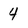
Character: 4